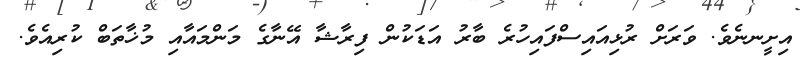
އިށީނނެވެ. ވަރަށް ރުޅިއައިސްފައިހުރެ ބާރު އަޑަކުން ފިރާޝާ އޭނާގެ މަންމައާއި މުޚާތަބް ކުރިއެވެ.